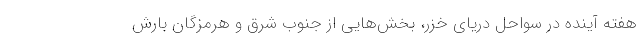
هفته آینده در سواحل دریای خزر، بخش‌هایی از جنوب شرق و هرمزگان بارش